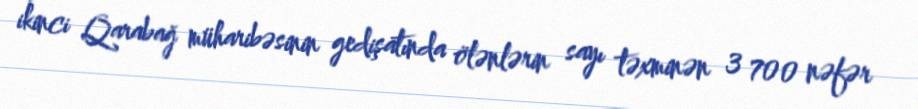
ikinci Qarabağ müharibəsinin gedişatında ölənlərin sayı təxminən 3 700 nəfər